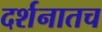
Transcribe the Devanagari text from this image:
दर्शनातच